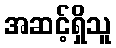
အဆင့်ရှိသူ